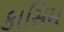
કાસિમ